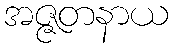
အဇ္ဇတနာယ